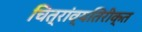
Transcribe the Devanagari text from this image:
चित्रांव्यतिरीक्त